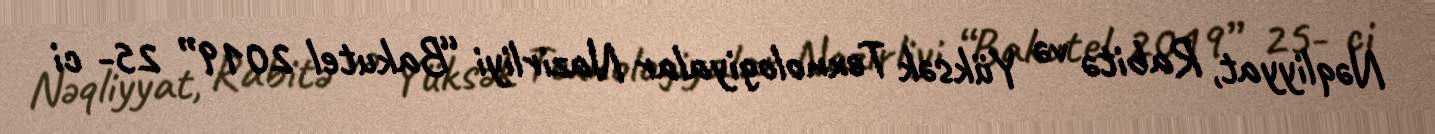
Nəqliyyat, Rabitə və Yüksək Texnologiyalar Nazirliyi “Bakutel 2019” 25- ci